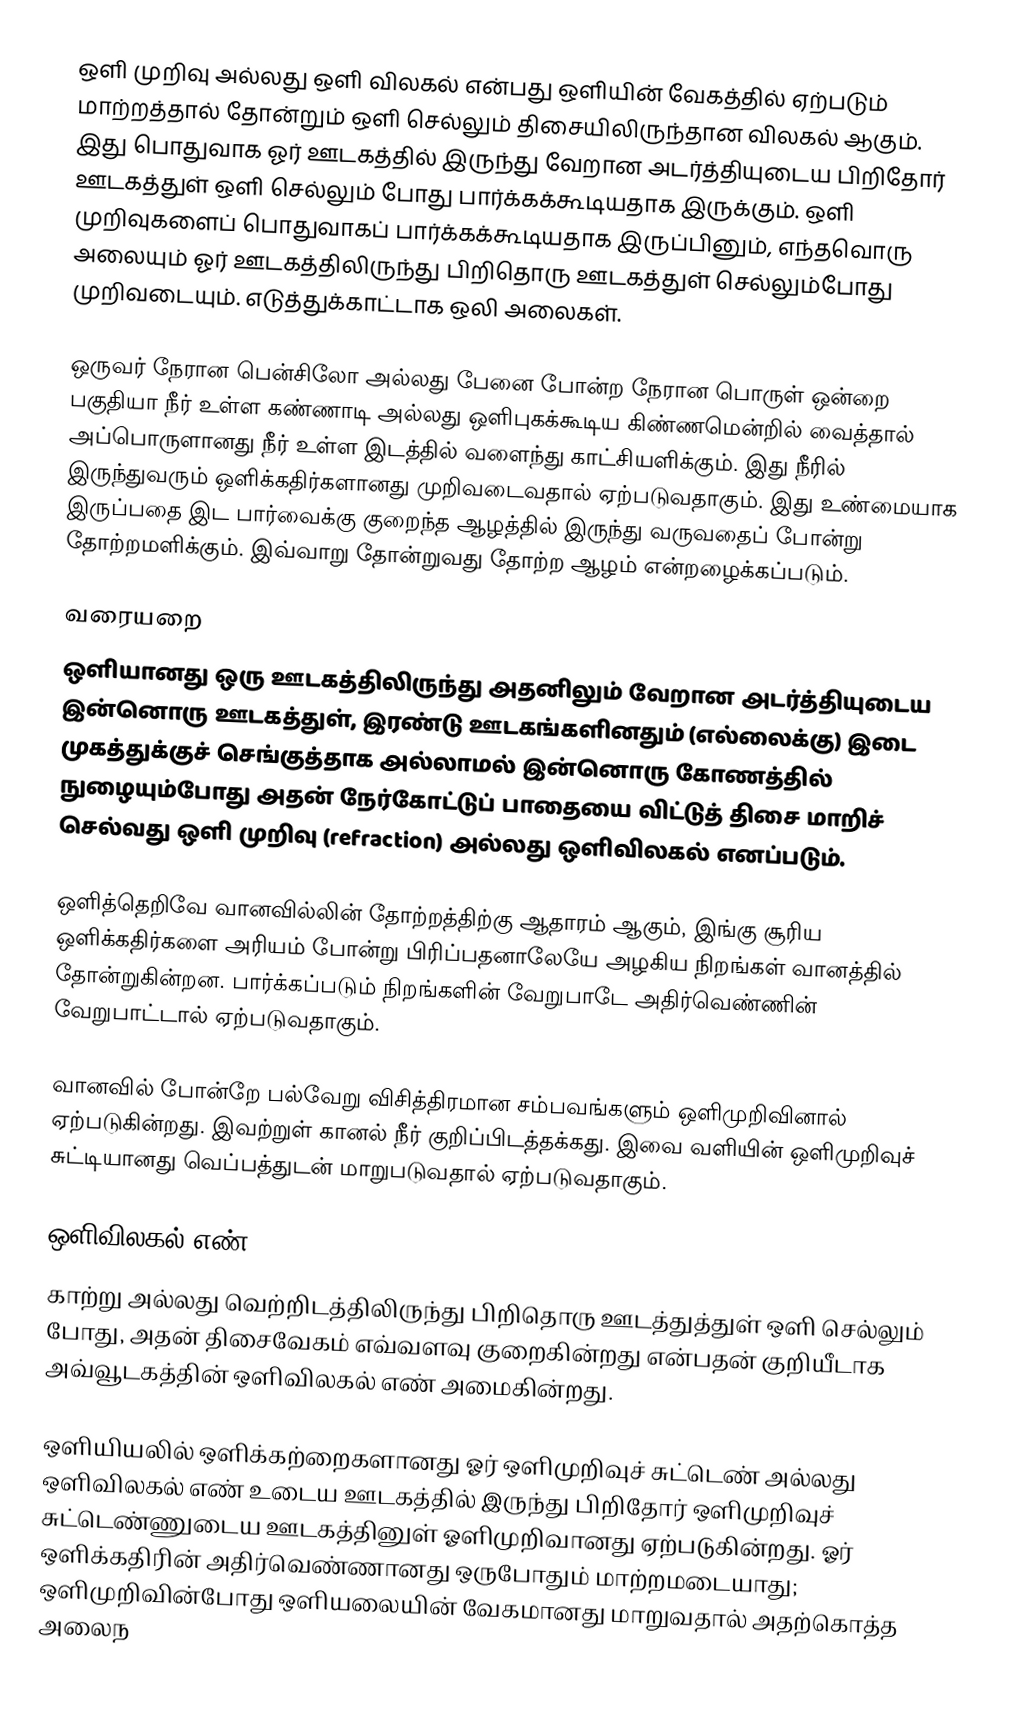
ஒளி முறிவு அல்லது ஒளி விலகல் என்பது ஒளியின் வேகத்தில் ஏற்படும் மாற்றத்தால் தோன்றும் ஒளி செல்லும் திசையிலிருந்தான விலகல் ஆகும். இது பொதுவாக ஓர் ஊடகத்தில் இருந்து வேறான அடர்த்தியுடைய பிறிதோர் ஊடகத்துள் ஒளி செல்லும் போது பார்க்கக்கூடியதாக இருக்கும். ஒளி முறிவுகளைப் பொதுவாகப் பார்க்கக்கூடியதாக இருப்பினும், எந்தவொரு அலையும் ஓர் ஊடகத்திலிருந்து பிறிதொரு ஊடகத்துள் செல்லும்போது முறிவடையும். எடுத்துக்காட்டாக ஒலி அலைகள்.

ஒருவர் நேரான பென்சிலோ அல்லது பேனை போன்ற நேரான பொருள் ஒன்றை பகுதியா நீர் உள்ள கண்ணாடி அல்லது ஒளிபுகக்கூடிய கிண்ணமென்றில் வைத்தால் அப்பொருளானது நீர் உள்ள இடத்தில் வளைந்து காட்சியளிக்கும். இது நீரில் இருந்துவரும் ஒளிக்கதிர்களானது முறிவடைவதால் ஏற்படுவதாகும். இது உண்மையாக இருப்பதை இட பார்வைக்கு குறைந்த ஆழத்தில் இருந்து வருவதைப் போன்று தோற்றமளிக்கும். இவ்வாறு தோன்றுவது தோற்ற ஆழம் என்றழைக்கப்படும்.

வரையறை
ஒளியானது ஒரு ஊடகத்திலிருந்து அதனிலும் வேறான அடர்த்தியுடைய இன்னொரு ஊடகத்துள், இரண்டு ஊடகங்களினதும் (எல்லைக்கு) இடை முகத்துக்குச் செங்குத்தாக அல்லாமல் இன்னொரு கோணத்தில் நுழையும்போது அதன் நேர்கோட்டுப் பாதையை விட்டுத் திசை மாறிச் செல்வது ஒளி முறிவு (refraction) அல்லது ஒளிவிலகல் எனப்படும்.

ஒளித்தெறிவே வானவில்லின் தோற்றத்திற்கு ஆதாரம் ஆகும், இங்கு சூரிய ஒளிக்கதிர்களை அரியம் போன்று பிரிப்பதனாலேயே அழகிய நிறங்கள் வானத்தில் தோன்றுகின்றன. பார்க்கப்படும் நிறங்களின் வேறுபாடே அதிர்வெண்ணின் வேறுபாட்டால் ஏற்படுவதாகும்.

வானவில் போன்றே பல்வேறு விசித்திரமான சம்பவங்களும் ஒளிமுறிவினால் ஏற்படுகின்றது. இவற்றுள் கானல் நீர் குறிப்பிடத்தக்கது. இவை வளியின் ஒளிமுறிவுச் சுட்டியானது வெப்பத்துடன் மாறுபடுவதால் ஏற்படுவதாகும்.

ஒளிவிலகல் எண் μ
காற்று அல்லது வெற்றிடத்திலிருந்து பிறிதொரு ஊடத்துத்துள் ஒளி செல்லும் போது, அதன் திசைவேகம் எவ்வளவு குறைகின்றது என்பதன் குறியீடாக அவ்வூடகத்தின் ஒளிவிலகல் எண் அமைகின்றது.

ஒளியியலில் ஒளிக்கற்றைகளானது ஓர் ஒளிமுறிவுச் சுட்டெண் அல்லது ஒளிவிலகல் எண் உடைய ஊடகத்தில் இருந்து பிறிதோர் ஒளிமுறிவுச் சுட்டெண்ணுடைய ஊடகத்தினுள் ஓளிமுறிவானது ஏற்படுகின்றது. ஓர் ஒளிக்கதிரின் அதிர்வெண்ணானது ஒருபோதும் மாற்றமடையாது; ஒளிமுறிவின்போது ஒளியலையின் வேகமானது மாறுவதால் அதற்கொத்த அலைந